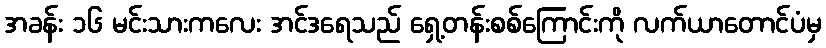
အခန်း ၁၆ မင်းသားကလေး အင်ဒရေသည် ရှေ့တန်းစစ်ကြောင်းကို လက်ယာတောင်ပံမှ